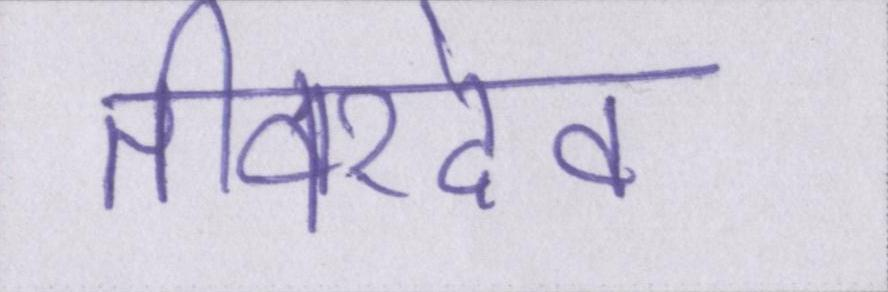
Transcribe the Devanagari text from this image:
तीवरदेव